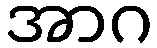
အာဂ